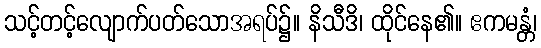
သင့်တင့်လျောက်ပတ်သောအရပ်၌။ နိသီဒိ၊ ထိုင်နေ၏။ ဧကမန္တံ၊